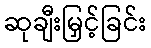
ဆုချီးမြှင့်ခြင်း